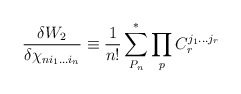
\begin{align*}{\frac{\delta W_2}{\delta\chi_{ni_1...i_n}}}\equiv {\frac{1}{n!}}\sum^*_{P_n}\prod_{p}C_r^{j_1...j_r}\end{align*}